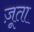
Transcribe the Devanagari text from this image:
ज़ूता